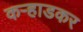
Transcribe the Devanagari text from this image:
कऱ्हाडकर